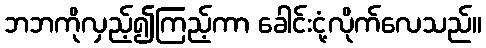
ဘဘကိုလှည့်၍ကြည့်ကာ ခေါင်းငုံ့လိုက်လေသည်။